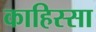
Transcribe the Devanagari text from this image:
काहिस्सा